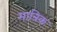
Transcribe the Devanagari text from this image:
मान्रिक